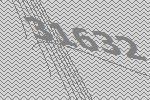
31632